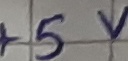
Text: +5 V